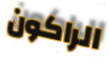
الراكون